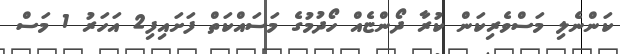
ކަންނެލި މަސްވެރިކަން ކުރާ ދޯންޏެއް ހޯދުމުގެ މަސައްކަތް ފަށައިފި2 އަހަރު 1 މަސް